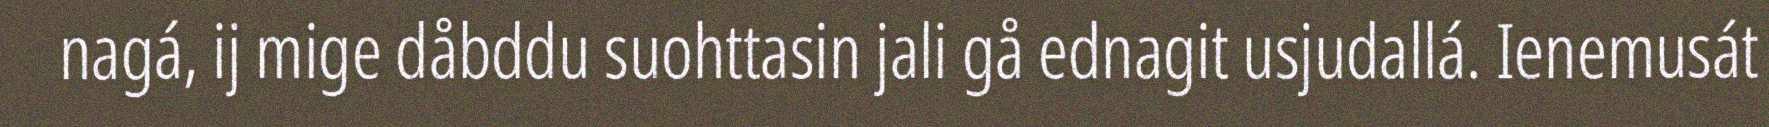
nagá, ij mige dåbddu suohttasin jali gå ednagit usjudallá. Ienemusát